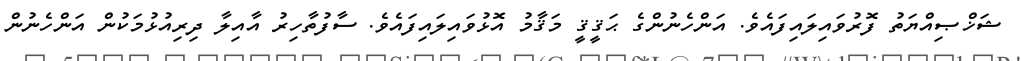
ޝަޚްޞިއްޔަތު ފޮރުވައިލައިފައެވެ. އަންހެނުންގެ ޙަޤީޤީ މަޤާމު އޮޅުވައިލައިފައެވެ. ސާފުތާހިރު އާއިލާ ދިރިއުޅުމަކުން އަންހެނުން